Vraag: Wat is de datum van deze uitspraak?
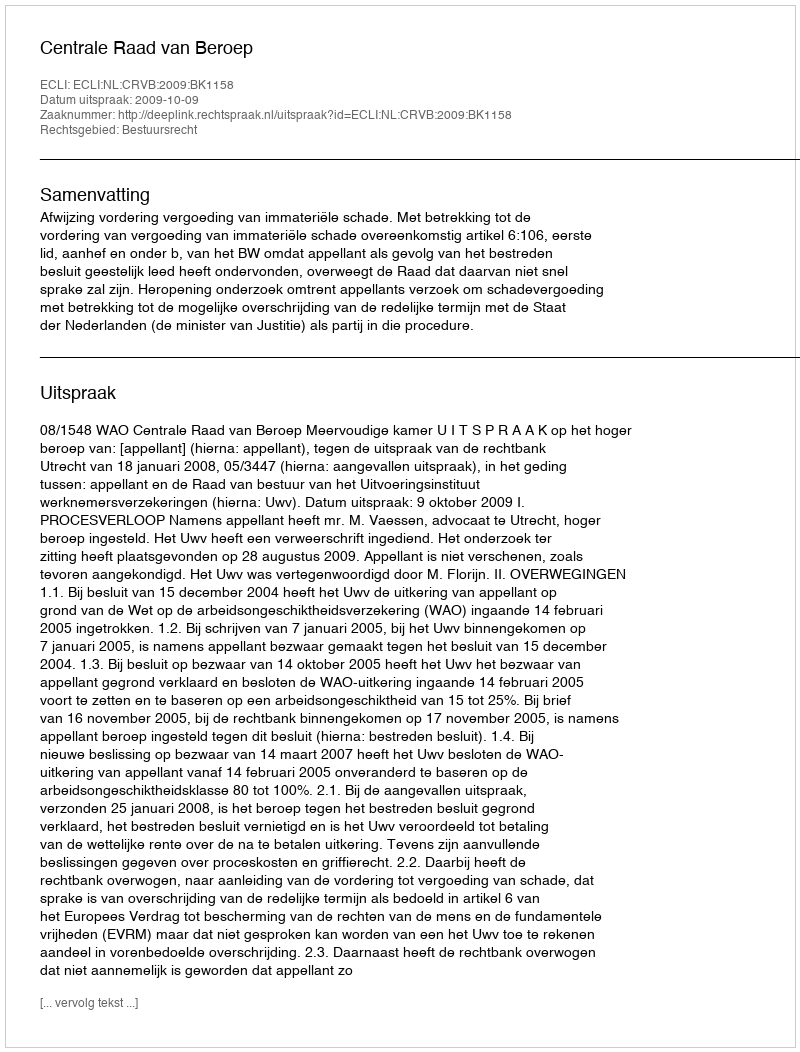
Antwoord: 2009-10-09